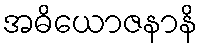
အဓိယောဇနာနိ